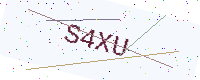
Text: S4XU